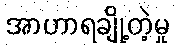
အာဟာရချို့တဲ့မှု